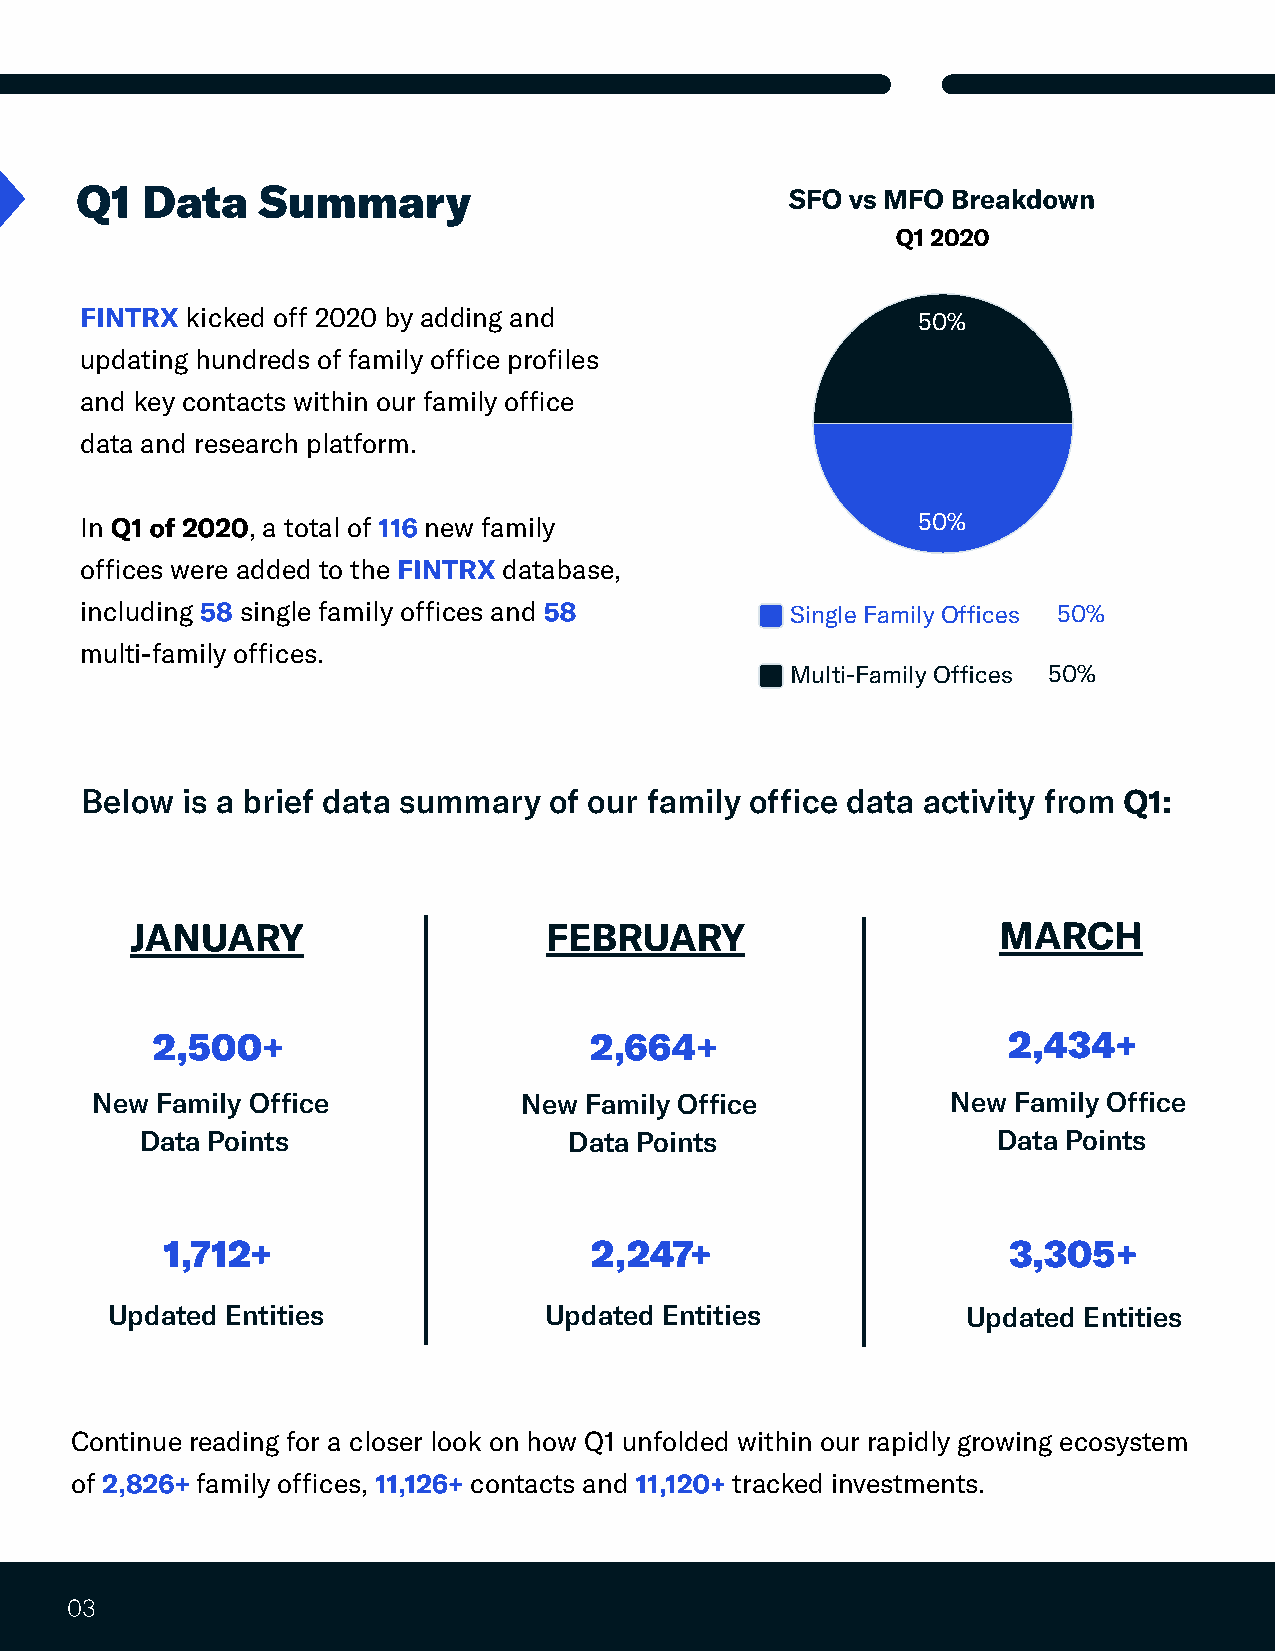
Q1  Data    Summary
 SFO vs MFO Breakdown
 Q1 2020
 FINTRX
 kicked off 2020 by adding and                    50%
 updating hundreds of family office profiles
 and key contacts within our family office
 data and research platform.
 In Q1 of 2020 , a total of 116 new family               50%
 FINTRX
 offices were added to the   database,
 58                     58
 including  single family offices and           Single Family Offices 50%
 multi-family offices.
 Multi-Family Offices 50%
 Q1:
 Below  is a brief data summary of our family office data activity from
 JANUARY                    FEBRUARY                      MARCH
 2,500+                       2,664+                      2,434+
 New Family Office            New Family Office           New Family Office
 Data Points                  Data Points                 Data Points
 1,712+                      2,247+                      3,305+
 Updated Entities             Updated Entities            Updated Entities
 Continue reading for a closer look on how Q1 unfolded within our rapidly growing ecosystem
 2,826+            11,126+          11,120+
 of      family offices,   contacts and      tracked investments.
 03